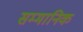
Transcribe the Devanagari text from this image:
सम्‍मानिक